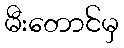
မီးတောင်မှ